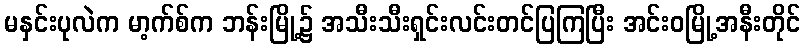
မနှင်းပုလဲက မာ့က်စ်က ဘန်းမြို့၌ အသီးသီးရှင်းလင်းတင်ပြကြပြီး အင်းဝမြို့အနီးတိုင်